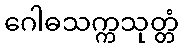
ဂေါဓသက္ကသုတ္တံ